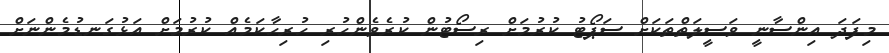
މިފަދަ އިންސާނީ ވަސީލަތްތަކަށް ސަޕޯޓު ކުރުމަށް ރިސޯޓުން ކުރެވެންހުރި ހުރިހާކަމެއް ކުރުމަށް އަޅުގަނޑުމެންނަށް